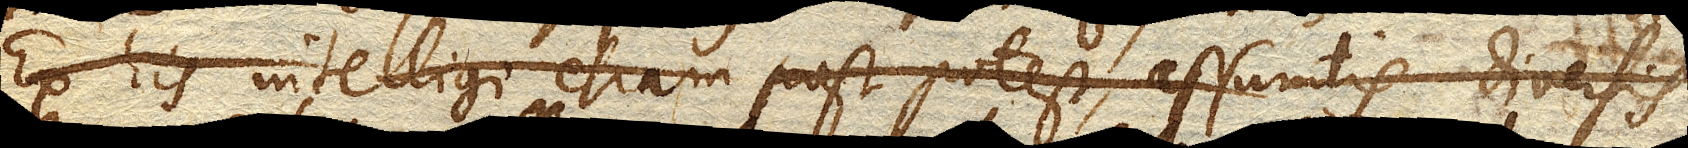
Ex his intelligi etiam potest, assumtis diversis